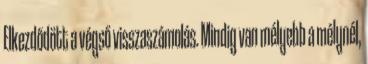
Elkezdődött a végső visszaszámolás. Mindig van mélyebb a mélynél,